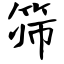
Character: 筛